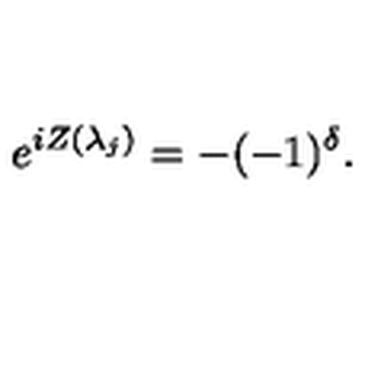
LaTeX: e ^ { i Z ( \lambda _ { j } ) } = - ( - 1 ) ^ { \delta } .